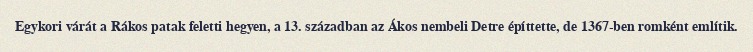
Egykori várát a Rákos patak feletti hegyen, a 13. században az Ákos nembeli Detre építtette, de 1367-ben romként említik.